Source: Handwritten
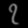
Digit: ၇ (7)